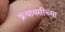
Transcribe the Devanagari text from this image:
फ्रंचायसीच्या